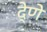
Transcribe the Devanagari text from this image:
दे्णे